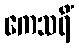
ကေသရိံ